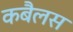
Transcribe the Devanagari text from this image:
कबैलस